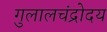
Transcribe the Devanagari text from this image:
गुलालचंद्रोदय